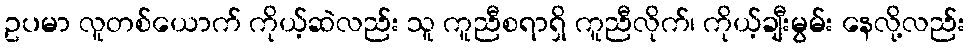
ဥပမာ လူတစ်ယောက် ကိုယ့်ဆဲလည်း သူ ကူညီစရာရှိ ကူညီလိုက်၊ ကိုယ့်ချီးမွမ်း နေလို့လည်း